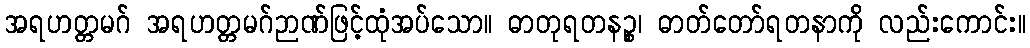
အရဟတ္တမဂ် အရဟတ္တမဂ်ဉာဏ်ဖြင့်ထုံအပ်သော။ ဓာတုရတနဉ္စ၊ ဓာတ်တော်ရတနာကို လည်းကောင်း။